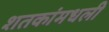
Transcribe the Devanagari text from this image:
शतकांमधली